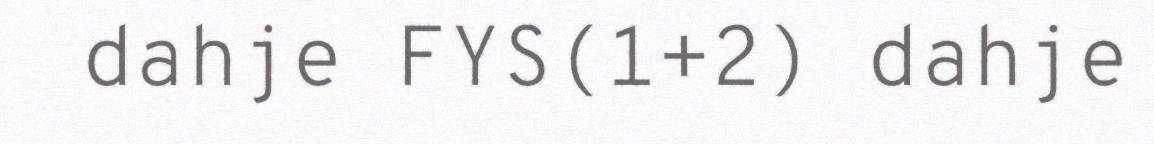
dahje FYS(1+2) dahje